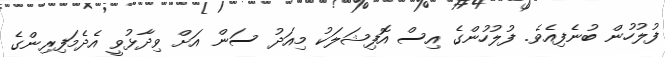
ފުލުހުން ބުނެފިއެވެ. ފުލުހުންގެ އިސް އޮފިޝަލަކު މިއަދު ސަން އަށް ވިދާޅުވީ އެދެމަފިރިންގެ